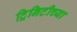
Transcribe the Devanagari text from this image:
ट्रिनिटीच्या